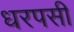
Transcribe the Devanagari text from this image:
धरपसी